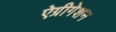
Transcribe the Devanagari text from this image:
ऐग्रीगेशन